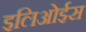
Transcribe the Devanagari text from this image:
इलिओईस